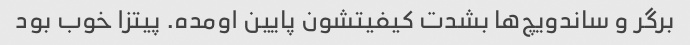
برگر و ساندویچ‌ها بشدت کیفیتشون پایین اومده. پیتزا خوب بود